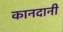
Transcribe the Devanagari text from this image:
कानदानी